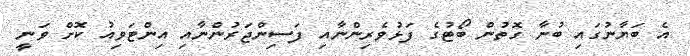
އެ ބަޔާނުގައި ބުނާ ގޮތުން ބޯޓުގެ ފަޅުވެރިންނާއި ފަސިންޖަރުންނާއި އިންޓަވިއު ކޮށް ވަނީ